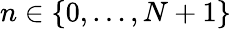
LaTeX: n\in\{ 0,\dots,N+1\}